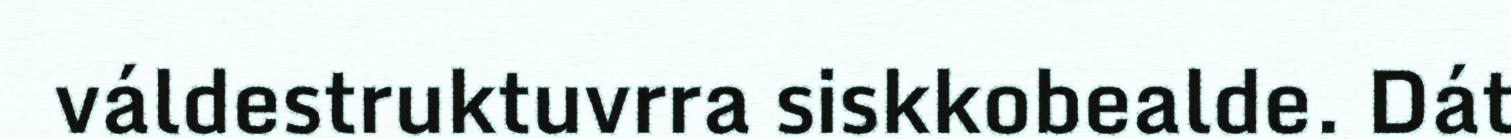
váldestruktuvrra siskkobealde. Dát